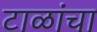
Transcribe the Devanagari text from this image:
टाळांचा